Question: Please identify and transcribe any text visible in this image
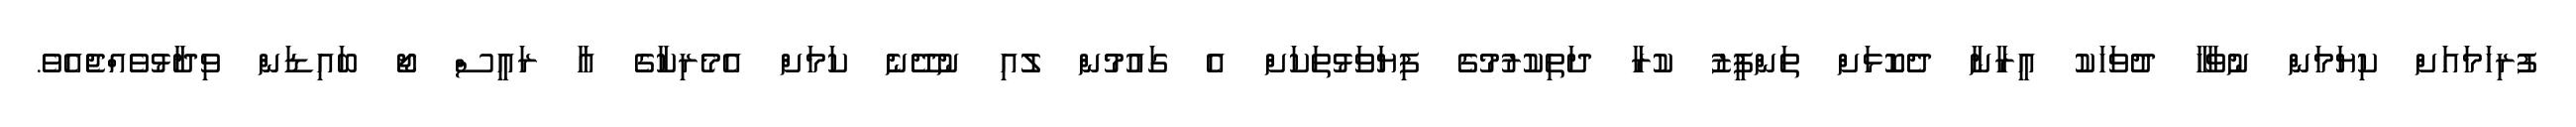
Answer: ފުރިހަމައަށް ކިޔަމަން ނުވާހާ ދުވަހަކު އީރާނާ ދެކޮޅަށް ތަންފީޒު ކުރާ ދަތިކުރުމުގެ ފިޔަވަޅުތަކަށް އެ ގައުމުން ލުއި ނުދޭނެ ކަމަށް އެމެރިކާގެ އާ ރައީސް ޖޯ ބައިޑަން ވިދާޅުވެއްޖެއެވެ.